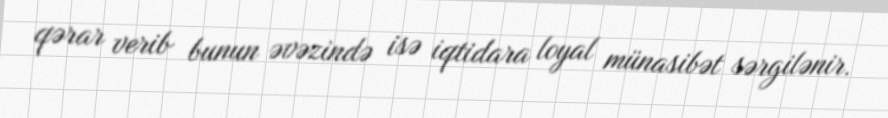
qərar verib bunun əvəzində isə iqtidara loyal münasibət sərgilənir.